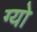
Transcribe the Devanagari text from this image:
ग्यो